Tartu_linnavalitsus, lk 111
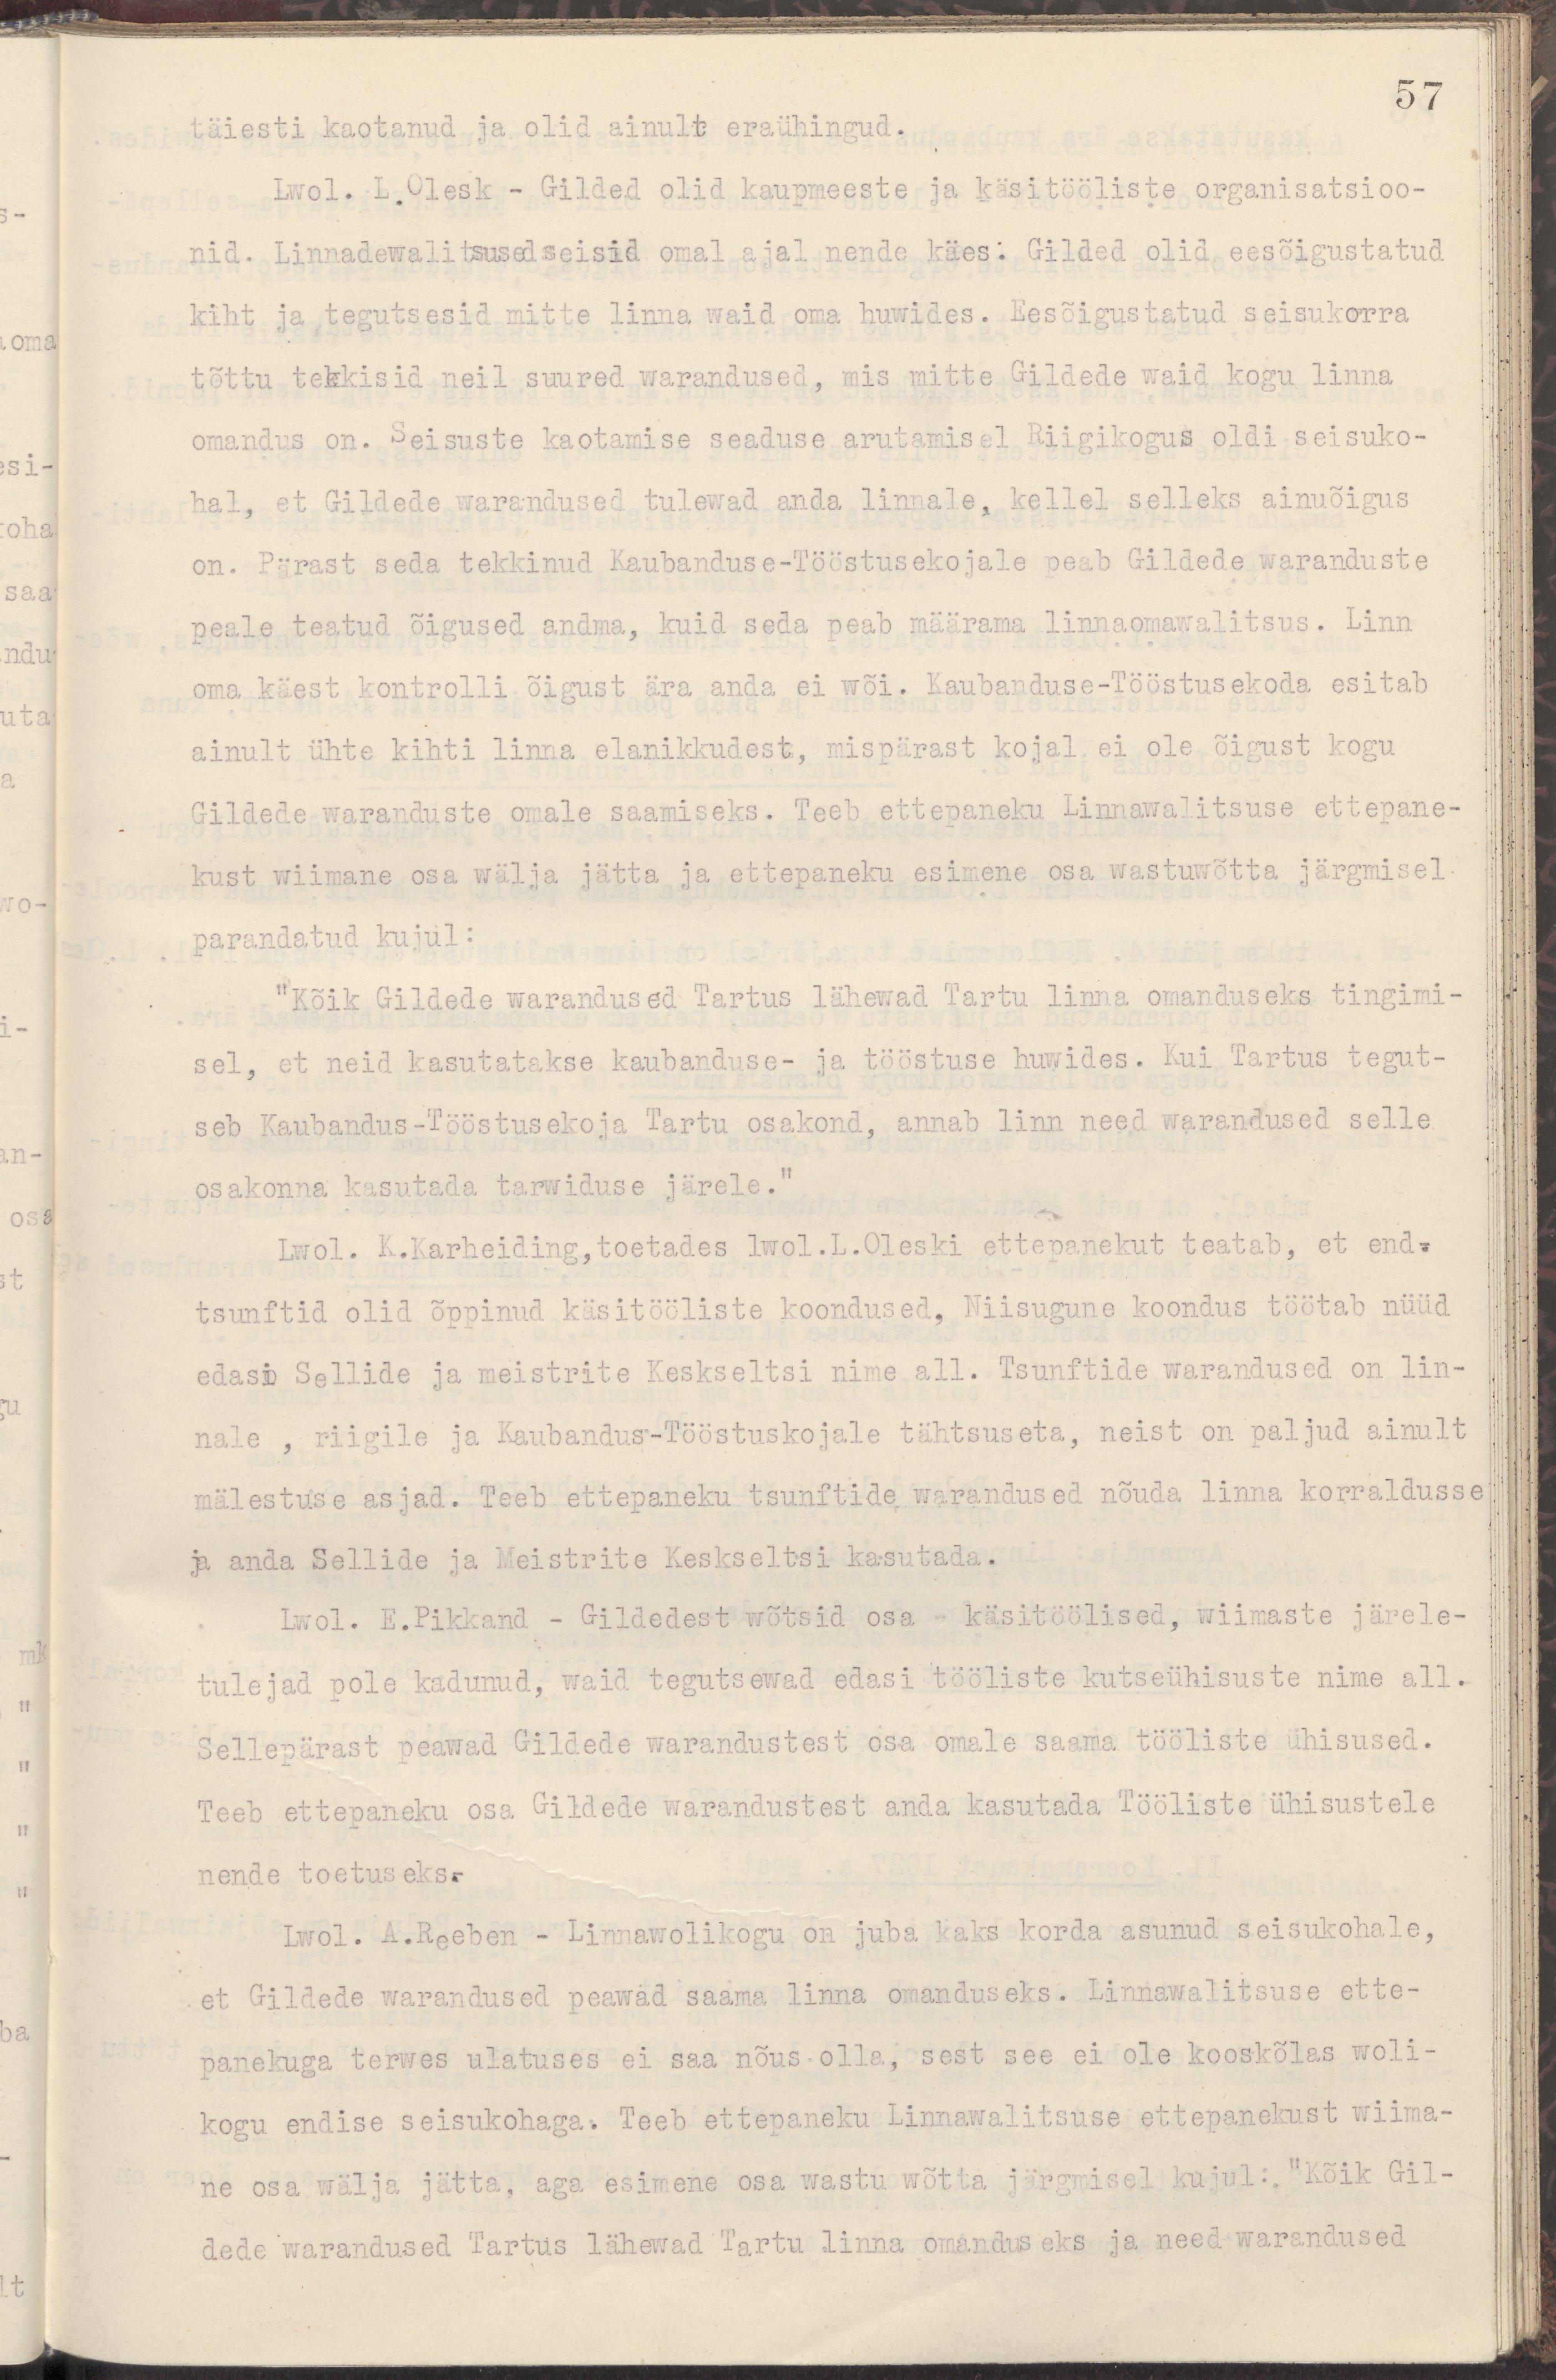
57
täiesti kaotanud ja olid ainult eraühingud.
Lwol. L.Olesk - Gilded olid kaupmeeste ja käsitööliste organisatsioo-
nid. Linnadewalitsused seisid omal ajal nende käes: Gilded olid eesõigustatud
kiht ja tegutsesid mitte linna waid oma huwides. Eesõigustatud seisukorra 
tõttu tekkisid neil suured warandused, mis mitte Gildede waid kogu linna
omandus on. Seisuste kaotamise seaduse arutamisel Riigikogus oldi seisuko-
hal, et Gildede warandused tulewad anda linnale, kellel selleks ainuõigus
on. Pärast seda tekkinud Kaubanduse-Tööstuskojale peab Gildede waranduste
peale teatud õigused andma, kuid seda peab määrama linnaomawalitsus. Linn
oma käest kontrolli õigust ära anda ei wõi. Kaubanduse-Tööstusekoda esitab
ainult ühte kihti linna elanikkudest, mispärast kojal ei ole õigust kogu
Gildede waranduse omale soowimiseks. Teeb ettepaneku Linnawalitsuse ettepane-
kust wiimane osa wälja jätta ja ettepaneku esimene osa wastuwõtta järgmisel
parandatud kujul:
"Kõik Gildede warandused Tartus lähewad Tartu linna omanduseks tingimi-
sel, et neid kasutatakse kaubanduse- ja tööstuse huwides. Kui Tartus tegut-
seb Kaubandus-Tööstusekoja Tartu osakond, annab linn need warandused selle
osakonna kasutada tarwiduse järele."
Lwol. K. Karheiding, toetades lwol. L.Oleski ettepanekut teatab, et end.
tsunftid olid õppinud käsitööliste koondused. Niisugune koondus töötab nüüd
edasi Sellide ja meistrite Keskseltsi nime all. Tsunftide warandused on lin-
nale , riigile ja Kaubandus-Tööstuskojale tähtsuseta, neist on paljud ainult
mälestuse asjad. Teeb ettepaneku tsunftide warandused nõuda linna korraldusse
ja anda Sellide ja Meistrite Keskseltsi kasutada.
Lwol. E.Pikkand - Gildidest wõtsid osa - käsitöölised, wiimaste järele-
tulejad pole kadunud, waid tegutsewad edasi tööliste kutseühisuste nime all.
Sellepärast peawad Gildede warandustest osa omale saama tööliste ühisused.
Teeb ettepaneku osa Gildede warandusest anda kasutada Tööliste ühisustele
nende toetuseks.
Lwol. A.Reeben - Linnawolikogu on juba kaks korda asunud seisukohale,
et Gildede warandused peawad saama linna omanduseks. Linnawalitsuse ette-
panekuga terwes ulatuses ei saa nõus olla, sest see ei ole kooskõlas woli-
kogu endise seisukohaga. Teeb ettepaneku Linnawalitsuse ettepanekust wiima-
ne osa wälja jätta, aga esimene osa wastu wõtta järgmisel kujul: "Kõik Gil-
dede warandused Tartus lähewad Tartu linna omanduseks ja need warandused